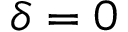
\delta = 0